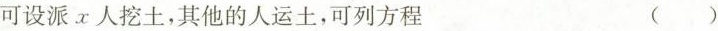
可设派x人挖土，其他的人运土，可列方程 ()